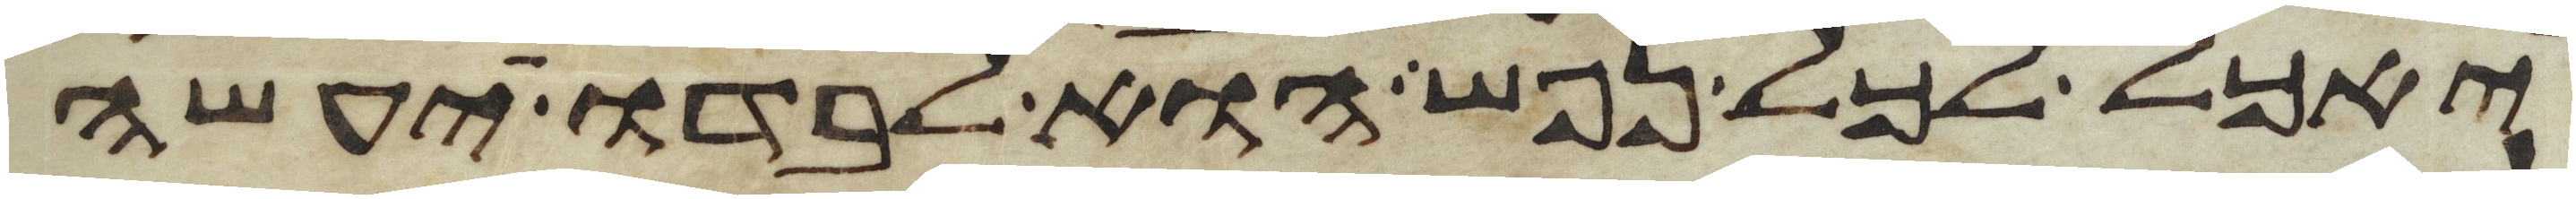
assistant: יאכל לכל נפש הוא לבדו יעשה